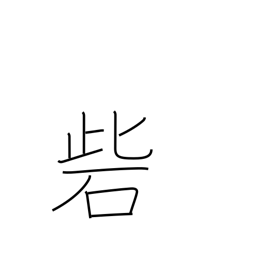
Meaning: stronghold